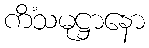
ကိံသမုဋ္ဌာနော